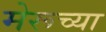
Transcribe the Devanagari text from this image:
मेरूच्या